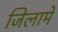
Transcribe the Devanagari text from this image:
जिलामें